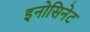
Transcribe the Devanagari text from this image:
इनोसिनेट